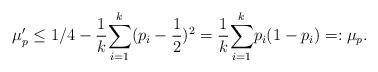
LaTeX: \begin{align*} \mu_p'\leq 1/4- \frac{1}{k} \underset{i=1}{\overset{k}{\sum}} (p_i-\frac{1}{2})^2=\frac{1}{k} \underset{i=1}{\overset{k}{\sum}} p_i(1-p_i)=:\mu_p. \end{align*}